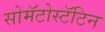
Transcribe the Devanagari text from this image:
सोमॅटोस्टॅटिन